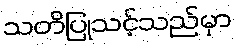
သတိပြုသင့်သည်မှာ